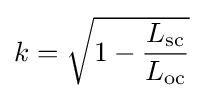
k={\sqrt {1-{\frac {L_{\text{sc}}}{L_{\text{oc}}}}}}